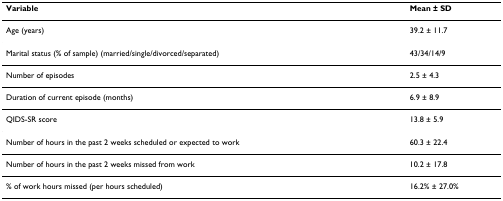
| Variable | Mean ± SD |
 | --- | --- |
 | Age (years) | 39.2 ± 11.7 |
 | Marital status (% of sample) (married/single/divorced/separated) | 43/34/14/9 |
 | Number of episodes | 2.5 ± 4.3 |
 | Duration of current episode (months) | 6.9 ± 8.9 |
 | QIDS-SR score | 13.8 ± 5.9 |
 | Number of hours in the past 2 weeks scheduled or expected to work | 60.3 ± 22.4 |
 | Number of hours in the past 2 weeks missed from work | 10.2 ± 17.8 |
 | % of work hours missed (per hours scheduled) | 16.2% ± 27.0% |